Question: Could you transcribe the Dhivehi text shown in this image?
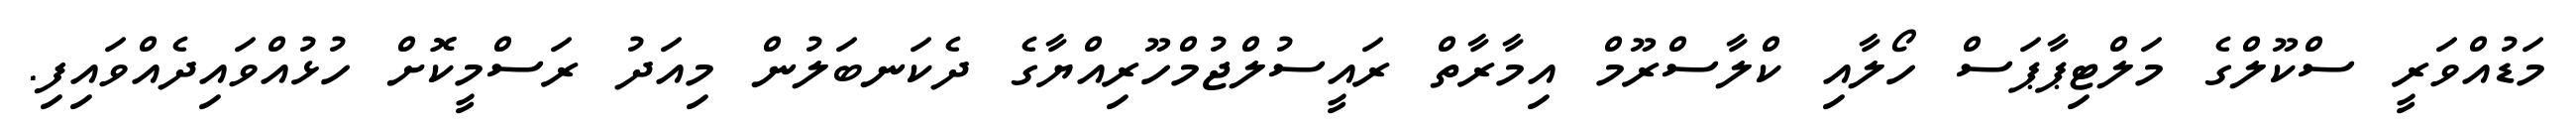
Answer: މަޑުއްވަރީ ސްކޫލްގެ މަލްޓިޕާޕަސް ހޯލާއި ކްލާސްރޫމް އިމާރާތް ރައީސުލްޖުމްހޫރިއްޔާގެ ދެކަނބަލުން މިއަދު ރަސްމީކޮށް ހުޅުއްވައިދެއްވައިފި.